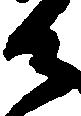
御